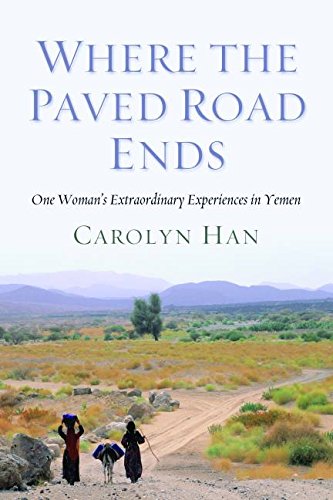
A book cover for Where the Paved Road Ends: One Woman's Extraordinary Experiences in Yemen; Carolyn Han; History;